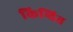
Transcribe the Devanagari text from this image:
किन्वित